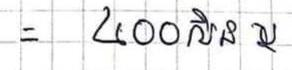
=    ៤០០សិន ឬ